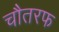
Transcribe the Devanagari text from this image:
चौतरफ